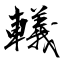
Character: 轙